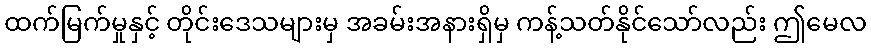
ထက်မြက်မှုနှင့် တိုင်းဒေသများမှ အခမ်းအနားရှိမှ ကန့်သတ်နိုင်သော်လည်း ဤမေလ